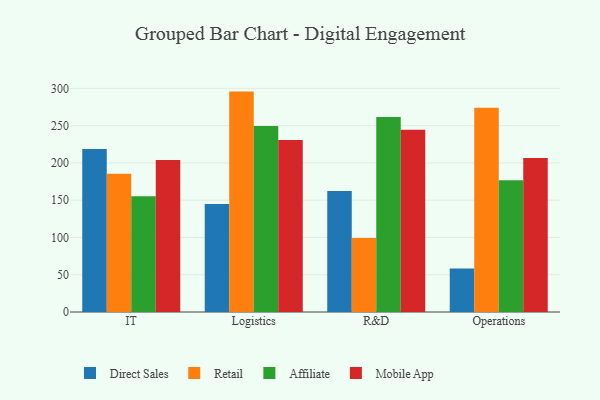
{"axis": {"x": "Department", "y": "Gross Profit (USD K)"}, "legend": ["Affiliate", "Direct Sales", "Mobile App", "Retail"], "data": [{"x": "IT", "y": 218.6, "type": "Direct Sales"}, {"x": "IT", "y": 185.6, "type": "Retail"}, {"x": "IT", "y": 155.4, "type": "Affiliate"}, {"x": "IT", "y": 204.0, "type": "Mobile App"}, {"x": "Logistics", "y": 145.0, "type": "Direct Sales"}, {"x": "Logistics", "y": 295.7, "type": "Retail"}, {"x": "Logistics", "y": 249.5, "type": "Affiliate"}, {"x": "Logistics", "y": 230.7, "type": "Mobile App"}, {"x": "R&D", "y": 162.3, "type": "Direct Sales"}, {"x": "R&D", "y": 99.4, "type": "Retail"}, {"x": "R&D", "y": 261.7, "type": "Affiliate"}, {"x": "R&D", "y": 244.5, "type": "Mobile App"}, {"x": "Operations", "y": 58.4, "type": "Direct Sales"}, {"x": "Operations", "y": 273.9, "type": "Retail"}, {"x": "Operations", "y": 176.8, "type": "Affiliate"}, {"x": "Operations", "y": 206.5, "type": "Mobile App"}]}